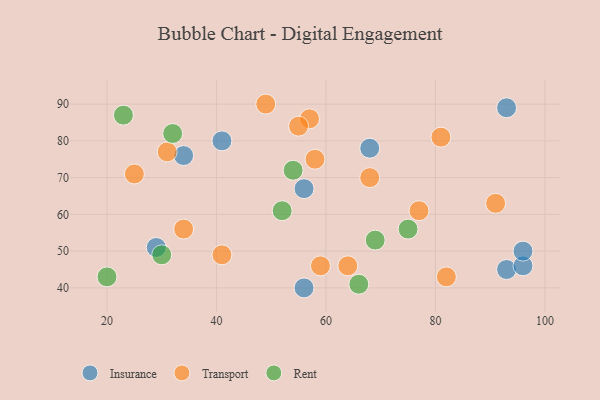
{"axis": {"x": "GDP", "y": "Life Expectancy"}, "legend": ["Insurance", "Rent", "Transport"], "data": [{"x": "93", "y": 45, "type": "Insurance"}, {"x": "56", "y": 40, "type": "Insurance"}, {"x": "29", "y": 51, "type": "Insurance"}, {"x": "93", "y": 89, "type": "Insurance"}, {"x": "41", "y": 80, "type": "Insurance"}, {"x": "96", "y": 46, "type": "Insurance"}, {"x": "34", "y": 76, "type": "Insurance"}, {"x": "56", "y": 67, "type": "Insurance"}, {"x": "68", "y": 78, "type": "Insurance"}, {"x": "96", "y": 50, "type": "Insurance"}, {"x": "49", "y": 90, "type": "Transport"}, {"x": "25", "y": 71, "type": "Transport"}, {"x": "82", "y": 43, "type": "Transport"}, {"x": "57", "y": 86, "type": "Transport"}, {"x": "31", "y": 77, "type": "Transport"}, {"x": "41", "y": 49, "type": "Transport"}, {"x": "81", "y": 81, "type": "Transport"}, {"x": "77", "y": 61, "type": "Transport"}, {"x": "59", "y": 46, "type": "Transport"}, {"x": "68", "y": 70, "type": "Transport"}, {"x": "64", "y": 46, "type": "Transport"}, {"x": "91", "y": 63, "type": "Transport"}, {"x": "34", "y": 56, "type": "Transport"}, {"x": "55", "y": 84, "type": "Transport"}, {"x": "58", "y": 75, "type": "Transport"}, {"x": "30", "y": 49, "type": "Rent"}, {"x": "75", "y": 56, "type": "Rent"}, {"x": "32", "y": 82, "type": "Rent"}, {"x": "20", "y": 43, "type": "Rent"}, {"x": "66", "y": 41, "type": "Rent"}, {"x": "52", "y": 61, "type": "Rent"}, {"x": "54", "y": 72, "type": "Rent"}, {"x": "23", "y": 87, "type": "Rent"}, {"x": "69", "y": 53, "type": "Rent"}]}